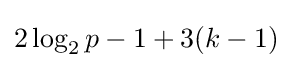
2\log _{2}p-1+3(k-1)